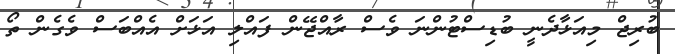
ބުރިޖް މިއަޅާދެނީ ބުޑިސްޓުންނަ ވެސް ރާއްޖޭން ފައްލި އަޅަށް އެއްބަސް ވެގެން ތޯ